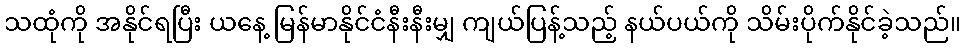
သထုံကို အနိုင်ရပြီး ယနေ့ မြန်မာနိုင်ငံနီးနီးမျှ ကျယ်ပြန့်သည့် နယ်ပယ်ကို သိမ်းပိုက်နိုင်ခဲ့သည်။